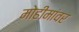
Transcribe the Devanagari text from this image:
मोहीमांवर